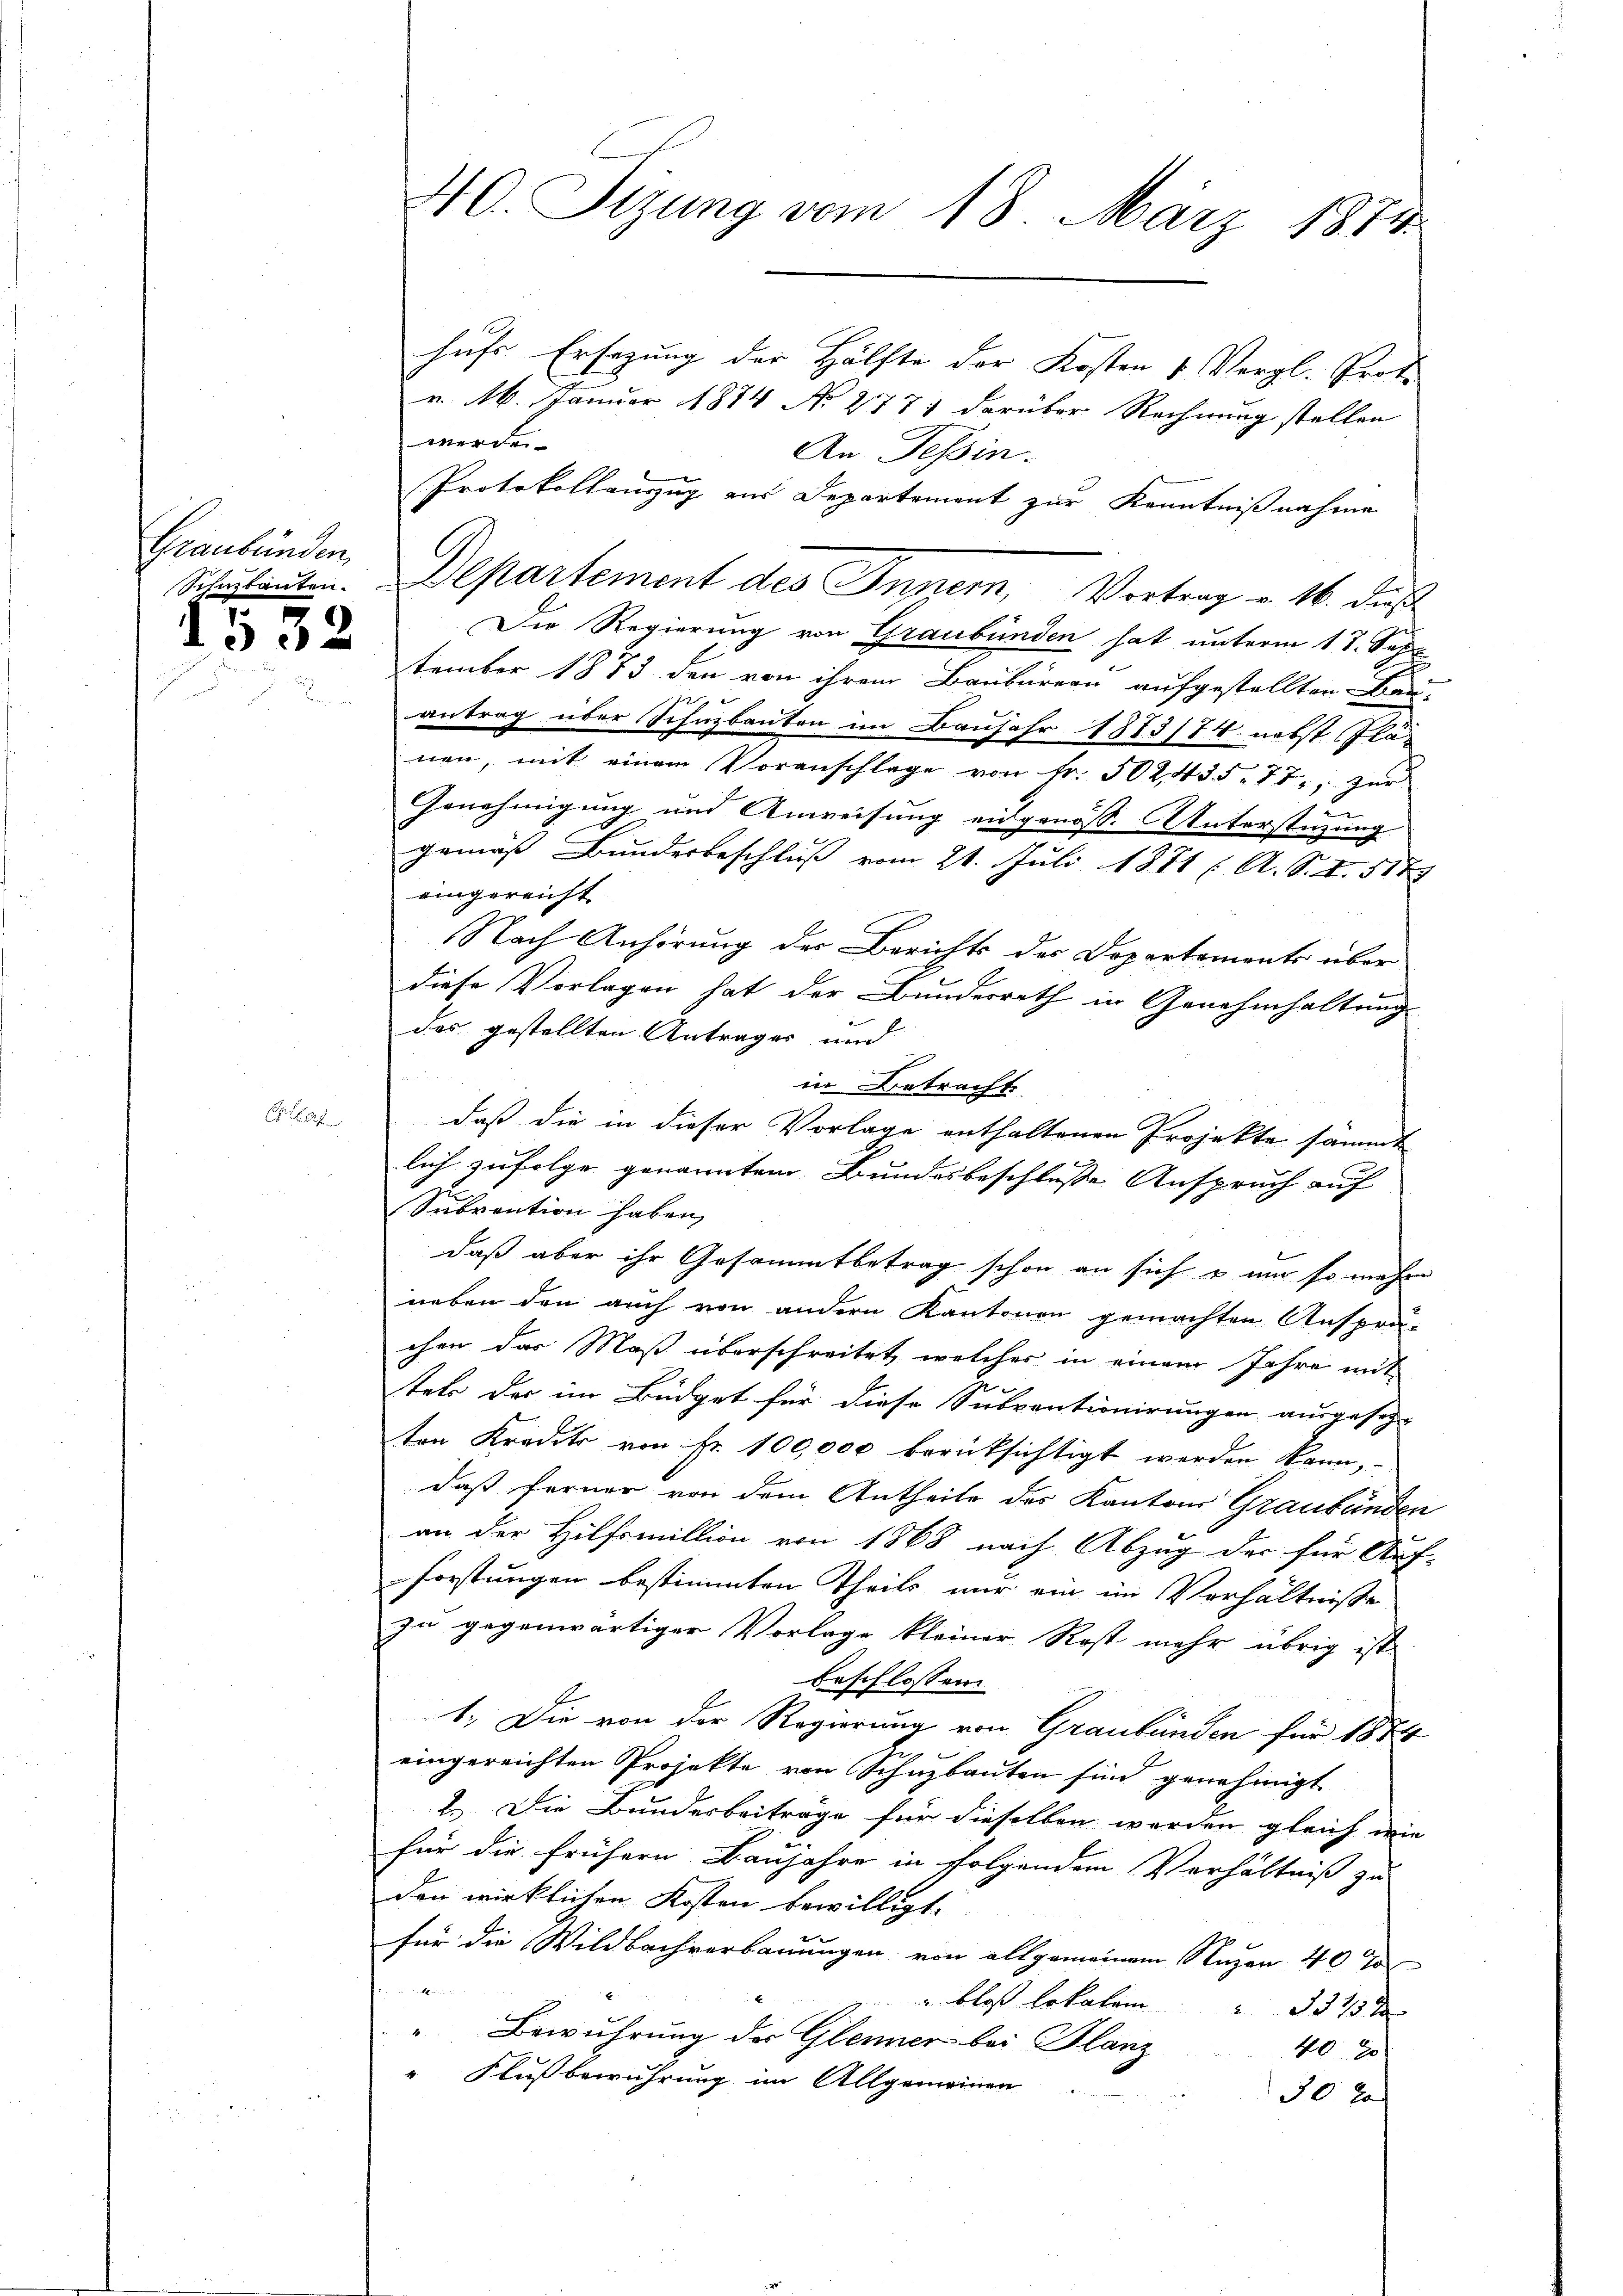
Graubünden,

1552

Elle

40. Sizung vom 18. März 1874.

hufs Ersezung der Hälfte der Kosten & Vergl. Prot.
v. M. Januar 1874 No 2771 darüber Rechnung stellen
Werde.
An Tessin.
Protokollauszug aus Departement zur Kenntnißnahme
Die Regierung von Graubünden hat unterm 17. Sep
tember 1873 den von ihrem Baubarern aufgestellten Bau-
antrag über Schuzbauten im Baujahr 1883/74 nebst flä-
nen, mit einem Voranschlage von Fr. 502, 435. 77, zur
2
Genehmigung und Anweisung eidgenöss. Unterstüzung
gemäß Bundesbeschluß vom 21. Juli 1871 ( A. S. S. 5179
eingereicht
Nach Anhörung der Berichts des Departements über
diese Vorlagen hat der Bundesrath in Genehmhaltung
das gestellten Antrages und
in Betracht
daß die in dieser Vorlage enthaltenen Projekte sämmt
lich zufolge genanntem Bundesbeschlusse Anspruch auf
Subvention haben,
daß aber ihr Gesammtbetrag schon an sich u um so mehre
neben den auch von andern Kantonen gemachten Ansprä-
chen das Maß überschreitet, welcher in einem Jahre mit
tets der im Büdget für diese Subventionirungen ausgeseg-
ten Kredits von Fr. 100,000 berücksichtigt werden kann,
daß ferner von dem Antheile des Kantons Graubünden
an der Hilfsmillion von 1868 nach Abzug der für Auf-
forstungen bestimmten Theils nur ein im Verhältnisse
zu gegenwärtiger Vorlage kleiner Rest mehr übrig ist.
beschlossen:
1.) Die von der Regierung von Graubünden für 1884
eingereichten Projekte von Schuzbauten sind genehmigt
2.) Die Bundesbeiträge für dieselben werden gleich wie
für die frühern Baujahre in folgendem Verhältniß zu
den wirklichen Kosten bewilligt.
für die Wildbachverbauungen von allgemeinem Nuzen 40 T
n
 bloß Lokalen 331
Bewuhrung der Gleiner bei Glanz
407
" Flußbewahrung im Allgemeinen
30 x

Schulanten. Departement des Inner, Vortrag v. M. dieß